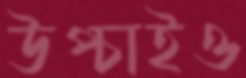
উপ্‌চাইও